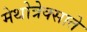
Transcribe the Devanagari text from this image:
मेथोत्रेक्साते